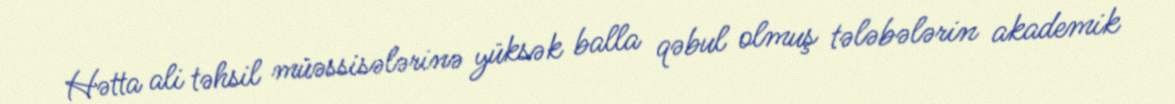
Hətta ali təhsil müəssisələrinə yüksək balla qəbul olmuş tələbələrin akademik